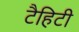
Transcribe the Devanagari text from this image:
टैहिटी